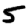
Digit: 5